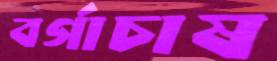
বর্গাচাষ